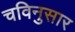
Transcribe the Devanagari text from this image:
चविनुसार